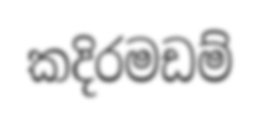
කදිරමඩම්